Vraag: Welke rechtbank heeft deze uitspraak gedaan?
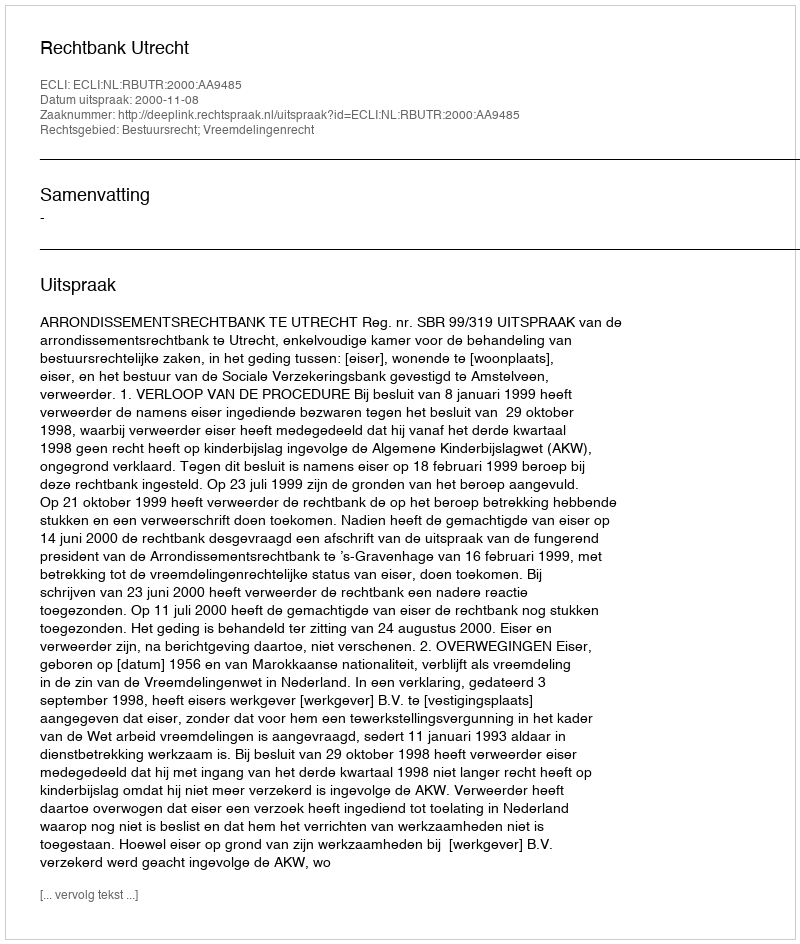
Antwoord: Rechtbank Utrecht